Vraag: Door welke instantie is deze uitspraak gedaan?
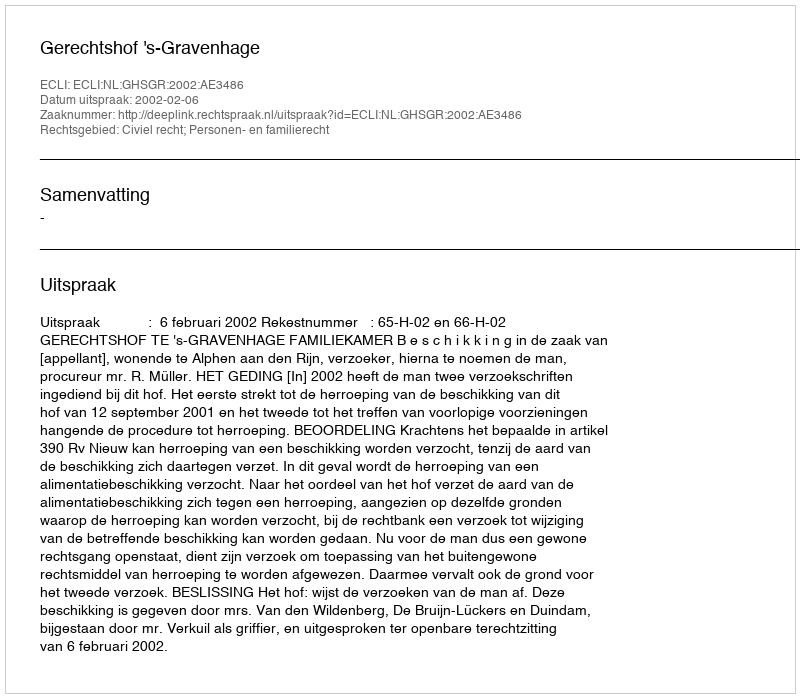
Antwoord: Gerechtshof 's-Gravenhage